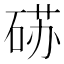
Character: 𰧈